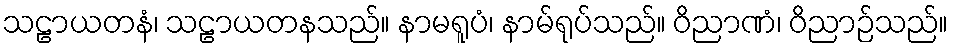
သဠာယတနံ၊ သဠာယတနသည်။ နာမရူပံ၊ နာမ်ရုပ်သည်။ ဝိညာဏံ၊ ဝိညာဉ်သည်။